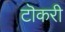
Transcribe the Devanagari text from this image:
टॊकरी